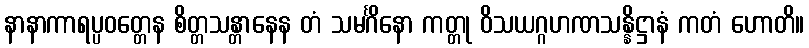
နာနာကာရပ္ပဝတ္တေန စိတ္တသန္တာနေန တံ သမင်္ဂိနော ကတ္တု ဝိသယဂ္ဂဟဏသန္နိဋ္ဌာနံ ကတံ ဟောတိ။